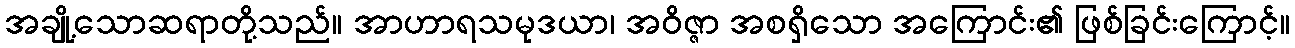
အချို့သောဆရာတို့သည်။ အာဟာရသမုဒယာ၊ အဝိဇ္ဇာ အစရှိသော အကြောင်း၏ ဖြစ်ခြင်းကြောင့်။